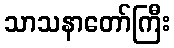
သာသနာတော်ကြီး